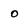
Character: o